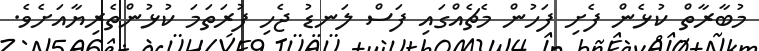
މުބާރާތް ކުޅެން ފެށި ފަހުން މެޗެއްގައި ފަސް ލަނޑު ޖެހި ފުރަތަމަ ކުޅުންތެރިޔާއަށެވެ.